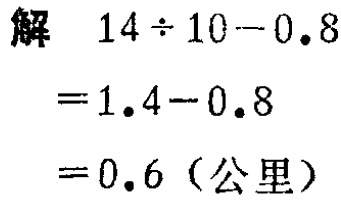
解

\[

\begin{align*}

&14\div10 - 0.8\\

=&1.4 - 0.8\\

=&0.6 \text{（公里）}

\end{align*}

\]